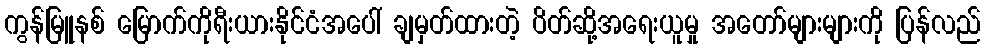
ကွန်မြူနစ် မြောက်ကိုရီးယားနိုင်ငံအပေါ် ချမှတ်ထားတဲ့ ပိတ်ဆို့အရေးယူမှု အတော်များများကို ပြန်လည်